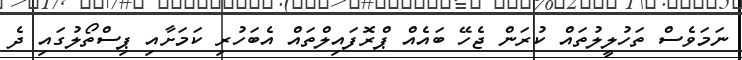
ނަމަވެސް ތަހުލީލުތައް ކުރަން ޖެހޭ ބައެއް ޕްރޮފައިލްތައް އެބަހުރި ކަމަށާއި ޕިސްތޯލުގައި ދެ